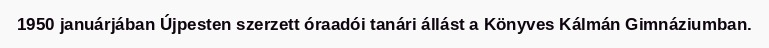
1950 januárjában Újpesten szerzett óraadói tanári állást a Könyves Kálmán Gimnáziumban.